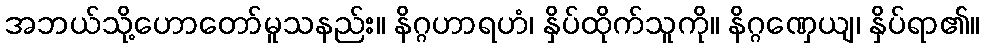
အဘယ်သို့ဟောတော်မူသနည်း။ နိဂ္ဂဟာရဟံ၊ နှိပ်ထိုက်သူကို။ နိဂ္ဂဏှေယျ၊ နှိပ်ရာ၏။